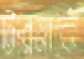
টারমার্কে